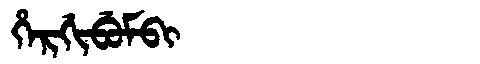
Manchu: ᡥᡝᡵᡤᡳᠪᡠᠮᠪᡳ
Romanization: HERGIBUMBI